Leaving Certificate Examination (including Day School Certificate (Higher) General paper), 1932
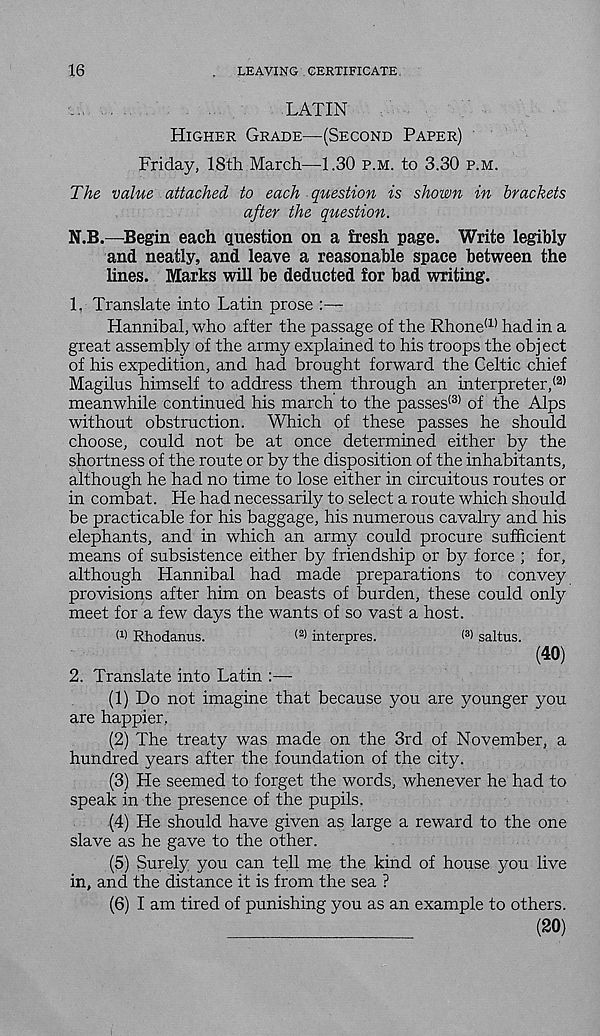
16
LEAVING CERTIFICATE
LATIN
HIGHER GRADE—(SECOND PAPER)
Friday, 18th March—1.30 P.M. to 3.30 P.M.
The value attached to each question is shown in brackets
after the question.
N.B.—Begin each question on a fresh page. Write legibly
and. neatly, and leave a reasonable space between the
lines. Marks will be deducted for bad writing.
1. Translate into Latin prose
Hannibal, who after the passage of the Rhone (1) had in a
great assembly of the army explained to his troops the object
of his expedition, and had brought forward the Celtic chief
Magilus himself to address them through an interpreter, (2)
meanwhile continued his march to the passes' 3 ' of the Alps
without obstruction. Which of these passes he should
choose, could not be at once determined either by the
shortness of the route or by the disposition of the inhabitants,
although he had no time to lose either in circuitous routes or
in combat. He had necessarily to select a route which should
be practicable for his baggage, his numerous cavalry and his
elephants, and in which an army could procure sufficient
means of subsistence either by friendship or by force ; for,
although Hannibal had made preparations to convey
provisions after him on beasts of burden, these could only
meet for a few days the wants of so vast a host.
M Rhodanus.
(2) interpres.
saltus.
(40)
2. Translate into Latin
(1) Do not imagine that because you are younger you
are happier,
(2) The treaty was made on the 3rd of November, a
hundred years after the foundation of the city.
(3) He seemed to forget the words, whenever he had to
speak in the presence of the pupils.
(4) He should have given as large a reward to the one
slave as he gave to the other.
(5) Surely you can tell me the kind of house you live
in, and the distance it is from the sea ?
(6) I am tired of punishing you as an example to others.
(20)